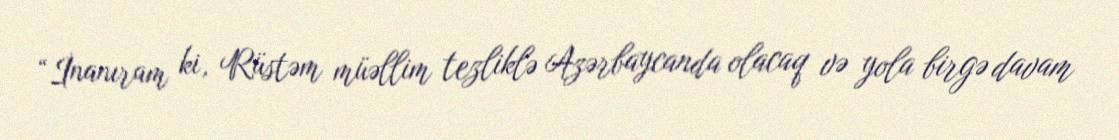
“İnanıram ki, Rüstəm müəllim tezliklə Azərbaycanda olacaq və yola birgə davam